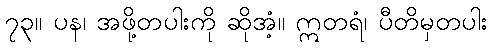
၇၃။ ပန၊ အဖို့တပါးကို ဆိုအံ့။ ဣတရံ၊ ပီတိမှတပါး